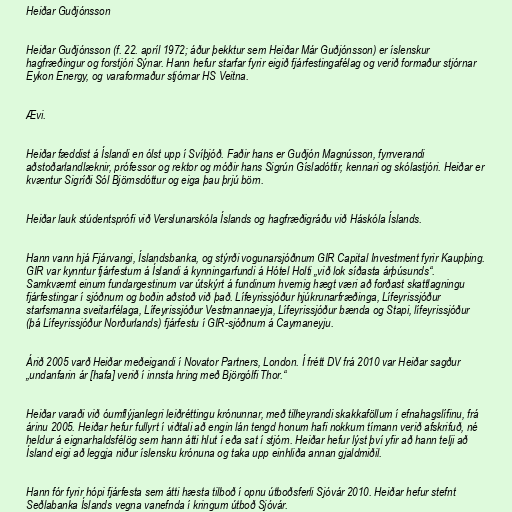
Heiðar Guðjónsson

Heiðar Guðjónsson (f. 22. apríl 1972; áður þekktur sem Heiðar Már Guðjónsson) er íslenskur
hagfræðingur og forstjóri Sýnar. Hann hefur starfar fyrir eigið fjárfestingafélag og verið formaður stjórnar
Eykon Energy, og varaformaður stjórnar HS Veitna.

Ævi.

Heiðar fæddist á Íslandi en ólst upp í Svíþjóð. Faðir hans er Guðjón Magnússon, fyrrverandi
aðstoðarlandlæknir, prófessor og rektor og móðir hans Sigrún Gísladóttir, kennari og skólastjóri. Heiðar er
kvæntur Sigríði Sól Björnsdóttur og eiga þau þrjú börn.

Heiðar lauk stúdentsprófi við Verslunarskóla Íslands og hagfræðigráðu við Háskóla Íslands.

Hann vann hjá Fjárvangi, Íslandsbanka, og stýrði vogunarsjóðnum GIR Capital Investment fyrir Kaupþing.
GIR var kynntur fjárfestum á Íslandi á kynningarfundi á Hótel Holti „við lok síðasta árþúsunds“.
Samkvæmt einum fundargestinum var útskýrt á fundinum hvernig hægt væri að forðast skattlagningu
fjárfestingar í sjóðnum og boðin aðstoð við það. Lífeyrissjóður hjúkrunarfræðinga, Lífeyrissjóður
starfsmanna sveitarfélaga, Lífeyrissjóður Vestmannaeyja, Lífeyrissjóður bænda og Stapi, lífeyrissjóður
(þá Lífeyrissjóður Norðurlands) fjárfestu í GIR-sjóðnum á Caymaneyju.

Árið 2005 varð Heiðar meðeigandi í Novator Partners, London. Í frétt DV frá 2010 var Heiðar sagður
„undanfarin ár [hafa] verið í innsta hring með Björgólfi Thor.“

Heiðar varaði við óumflýjanlegri leiðréttingu krónunnar, með tilheyrandi skakkaföllum í efnahagslífinu, frá
árinu 2005. Heiðar hefur fullyrt í viðtali að engin lán tengd honum hafi nokkurn tímann verið afskrifuð, né
heldur á eignarhaldsfélög sem hann átti hlut í eða sat í stjórn. Heiðar hefur lýst því yfir að hann telji að
Ísland eigi að leggja niður íslensku krónuna og taka upp einhliða annan gjaldmiðil.

Hann fór fyrir hópi fjárfesta sem átti hæsta tilboð í opnu útboðsferli Sjóvár 2010. Heiðar hefur stefnt
Seðlabanka Íslands vegna vanefnda í kringum útboð Sjóvár.